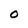
Character: 0